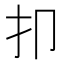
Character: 𰒸